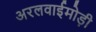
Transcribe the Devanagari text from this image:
अरलवाईमोड़ी